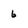
Character: 6